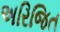
અરિજિત